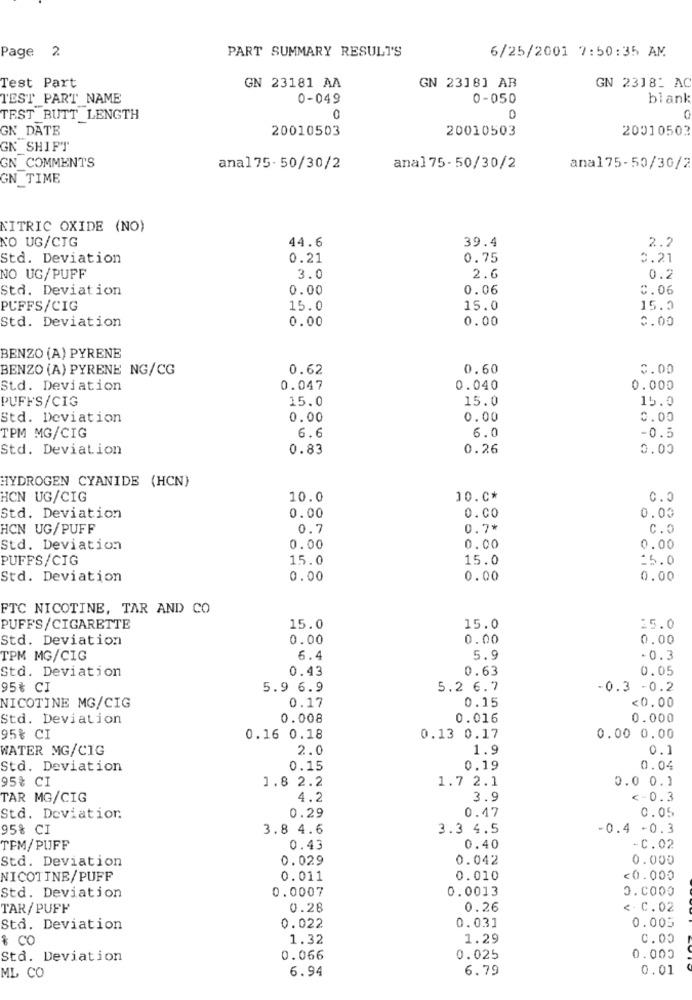
Page 2
PART SUMMARY RESULTS
6/25/2001 7:50:35 AM
Test Part
GN 2318_ AC
GN 23181 AA
GN 2318] AB
TEST PART NAME
0-049
0-050
blank
TEST BUTT LENGTH
0
0
0
GN DATE
20010503
20010503
20010503
GN SHIFT
GN_COMMENTS
anal75- 50/30/2
anal75- 50/30/2
ana175-50/30/2
GN_TIME
NITRIC OXIDE (NO)
NO UG/CIG
44.6
39.4
2.2
Std. Deviation
0.21
0.75
0.21
NO UG/PUFF
3.0
2.6
0.2
Std. Deviation
0.00
0.06
C.06
PUFFS/CIG
15.0
15.0
15.0
Std. Deviation
0.00
0.00
0.00
BENZO (A) PYRENE
BENZO (A) PYRENE NG/CG
0.62
0.60
0.00
Std. Deviation
0.047
0.040
0.000
PUFFS/CIG
15.0
15.0
15.0
Std. Deviation
0.00
0.00
0.00
TPM MG/CIG
6.6
6.0
-0.5
Std. Deviation
0.83
0.26
0.00
HYDROGEN CYANIDE (HCN)
HCN UG/CIG
10.0
10.C*
0.00
Std. Deviation
0.00
0.00
HCN UG/PUFF
0.7
0.7.
C.0
Std. Deviation
0.00
0.00
0.00
PUFFS/CIG
15.0
15.0
=5.0
Std. Deviation
0.00
0.00
0.00
FTC NICOTINE, TAR AND CO
PUFFS/CIGARETTE
15.0
15.0
25.0
Std. Deviation
0.00
0.00
0.00
TPM MG/CIG
6.4
5.9
- 0.3
Std. Deviation
0.43
0.63
0.05
95₺ CI
5.9 6.9
5.2 6.7
-0.3 -0.2
0.15
<0.00
NICOTINE MG/CIG
0.17
Std. Deviation
0.008
0.016
0.000
95% CI
0.16 0.18
0.13 0.17
0.00 0.00
WATER MG/CIG
2.0
1.9
0.1
Std. Deviation
0.15
0.19
0.04
95% CI
1.8 2.2
1.7 2.1
0.0 0.1
TAR MG/CIG
4.2
3.9
<- 0.3
0.29
0.47
0.05
Std. Deviation
95% CI
3.8 4.6
3.3 4.5
-0.4 -0.3
TFM/PUFF
0.43
0.40
-C.02
Std. Deviation
0.029
0.042
0.000
NICOTINE/PUFF
0.011
0.010
<0.000
0.0007
0.0013
0.0000
Std. Deviation
TAR/ PUFF
0.28
0.26
< C.02
Std. Deviation
0.022
0.031
0.005
$ 00
1.32
1.29
0.00
Std. Deviation
0.066
0.025
0.000
6.94
6.79
0.01
ML CO